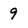
Character: 9